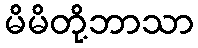
မိမိတို့ဘာသာ